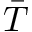
\bar { T }